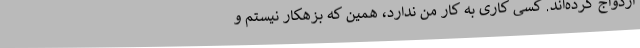
ازدواج کرده‌اند. کسی کاری به کار من ندارد، همین که بزهکار نیستم و